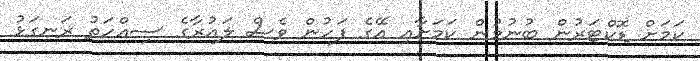
ކަމަށް ޑޮކްޓަރުން ބުނުމުން ކަމަށާއި އޭގެ ފަހުން ވެސް ލައުރާގެ ސިއްހަތު ރަނގަޅު